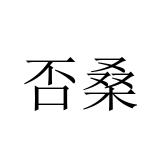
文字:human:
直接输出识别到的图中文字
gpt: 否桑